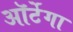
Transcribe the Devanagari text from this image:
ऑर्टेगा